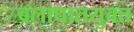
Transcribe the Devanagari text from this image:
बलाघातयुक्त